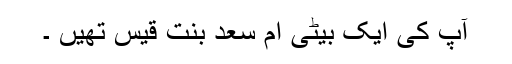
آپؓ کی ایک بیٹی اُم سَعْد بِنْت قَیْس تھیں ۔